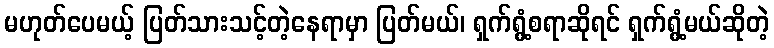
မဟုတ်ပေမယ့် ပြတ်သားသင့်တဲ့နေရာမှာ ပြတ်မယ်၊ ရှက်ရွံ့စရာဆိုရင် ရှက်ရွံ့မယ်ဆိုတဲ့